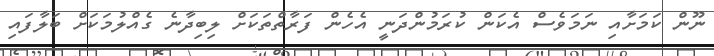
ނޫން ކަމަށާއި ނަމަވެސް އެކަން ކުރަމުންދަނީ އެހެން ފަރާތްތަކަށް ލިބިދާނެ ގެއްލުމަކަށް ބަލާފައި